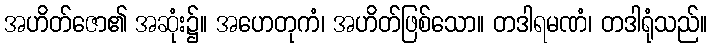
အဟိတ်ဇော၏ အဆုံး၌။ အဟေတုကံ၊ အဟိတ်ဖြစ်သော။ တဒါရမဏံ၊ တဒါရုံသည်။